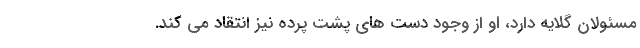
مسئولان گلایه دارد، او از وجود دست های پشت پرده نیز انتقاد می کند.